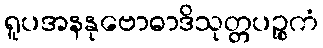
ရူပအနနုဗောဓာဒိသုတ္တပဉ္စကံ